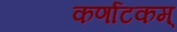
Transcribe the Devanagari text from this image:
कर्णाटकम्